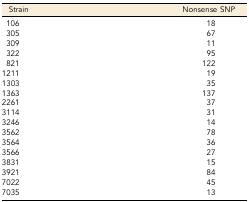
<table><thead><tr><td><b>Strain</b></td><td><b>Nonsense SNP</b></td></tr></thead><tbody><tr><td>106</td><td>18</td></tr><tr><td>305</td><td>67</td></tr><tr><td>309</td><td>11</td></tr><tr><td>322</td><td>95</td></tr><tr><td>821</td><td>122</td></tr><tr><td>1211</td><td>19</td></tr><tr><td>1303</td><td>35</td></tr><tr><td>1363</td><td>137</td></tr><tr><td>2261</td><td>37</td></tr><tr><td>3114</td><td>31</td></tr><tr><td>3246</td><td>14</td></tr><tr><td>3562</td><td>78</td></tr><tr><td>3564</td><td>36</td></tr><tr><td>3566</td><td>27</td></tr><tr><td>3831</td><td>15</td></tr><tr><td>3921</td><td>84</td></tr><tr><td>7022</td><td>45</td></tr><tr><td>7035</td><td>13</td></tr></tbody></table>